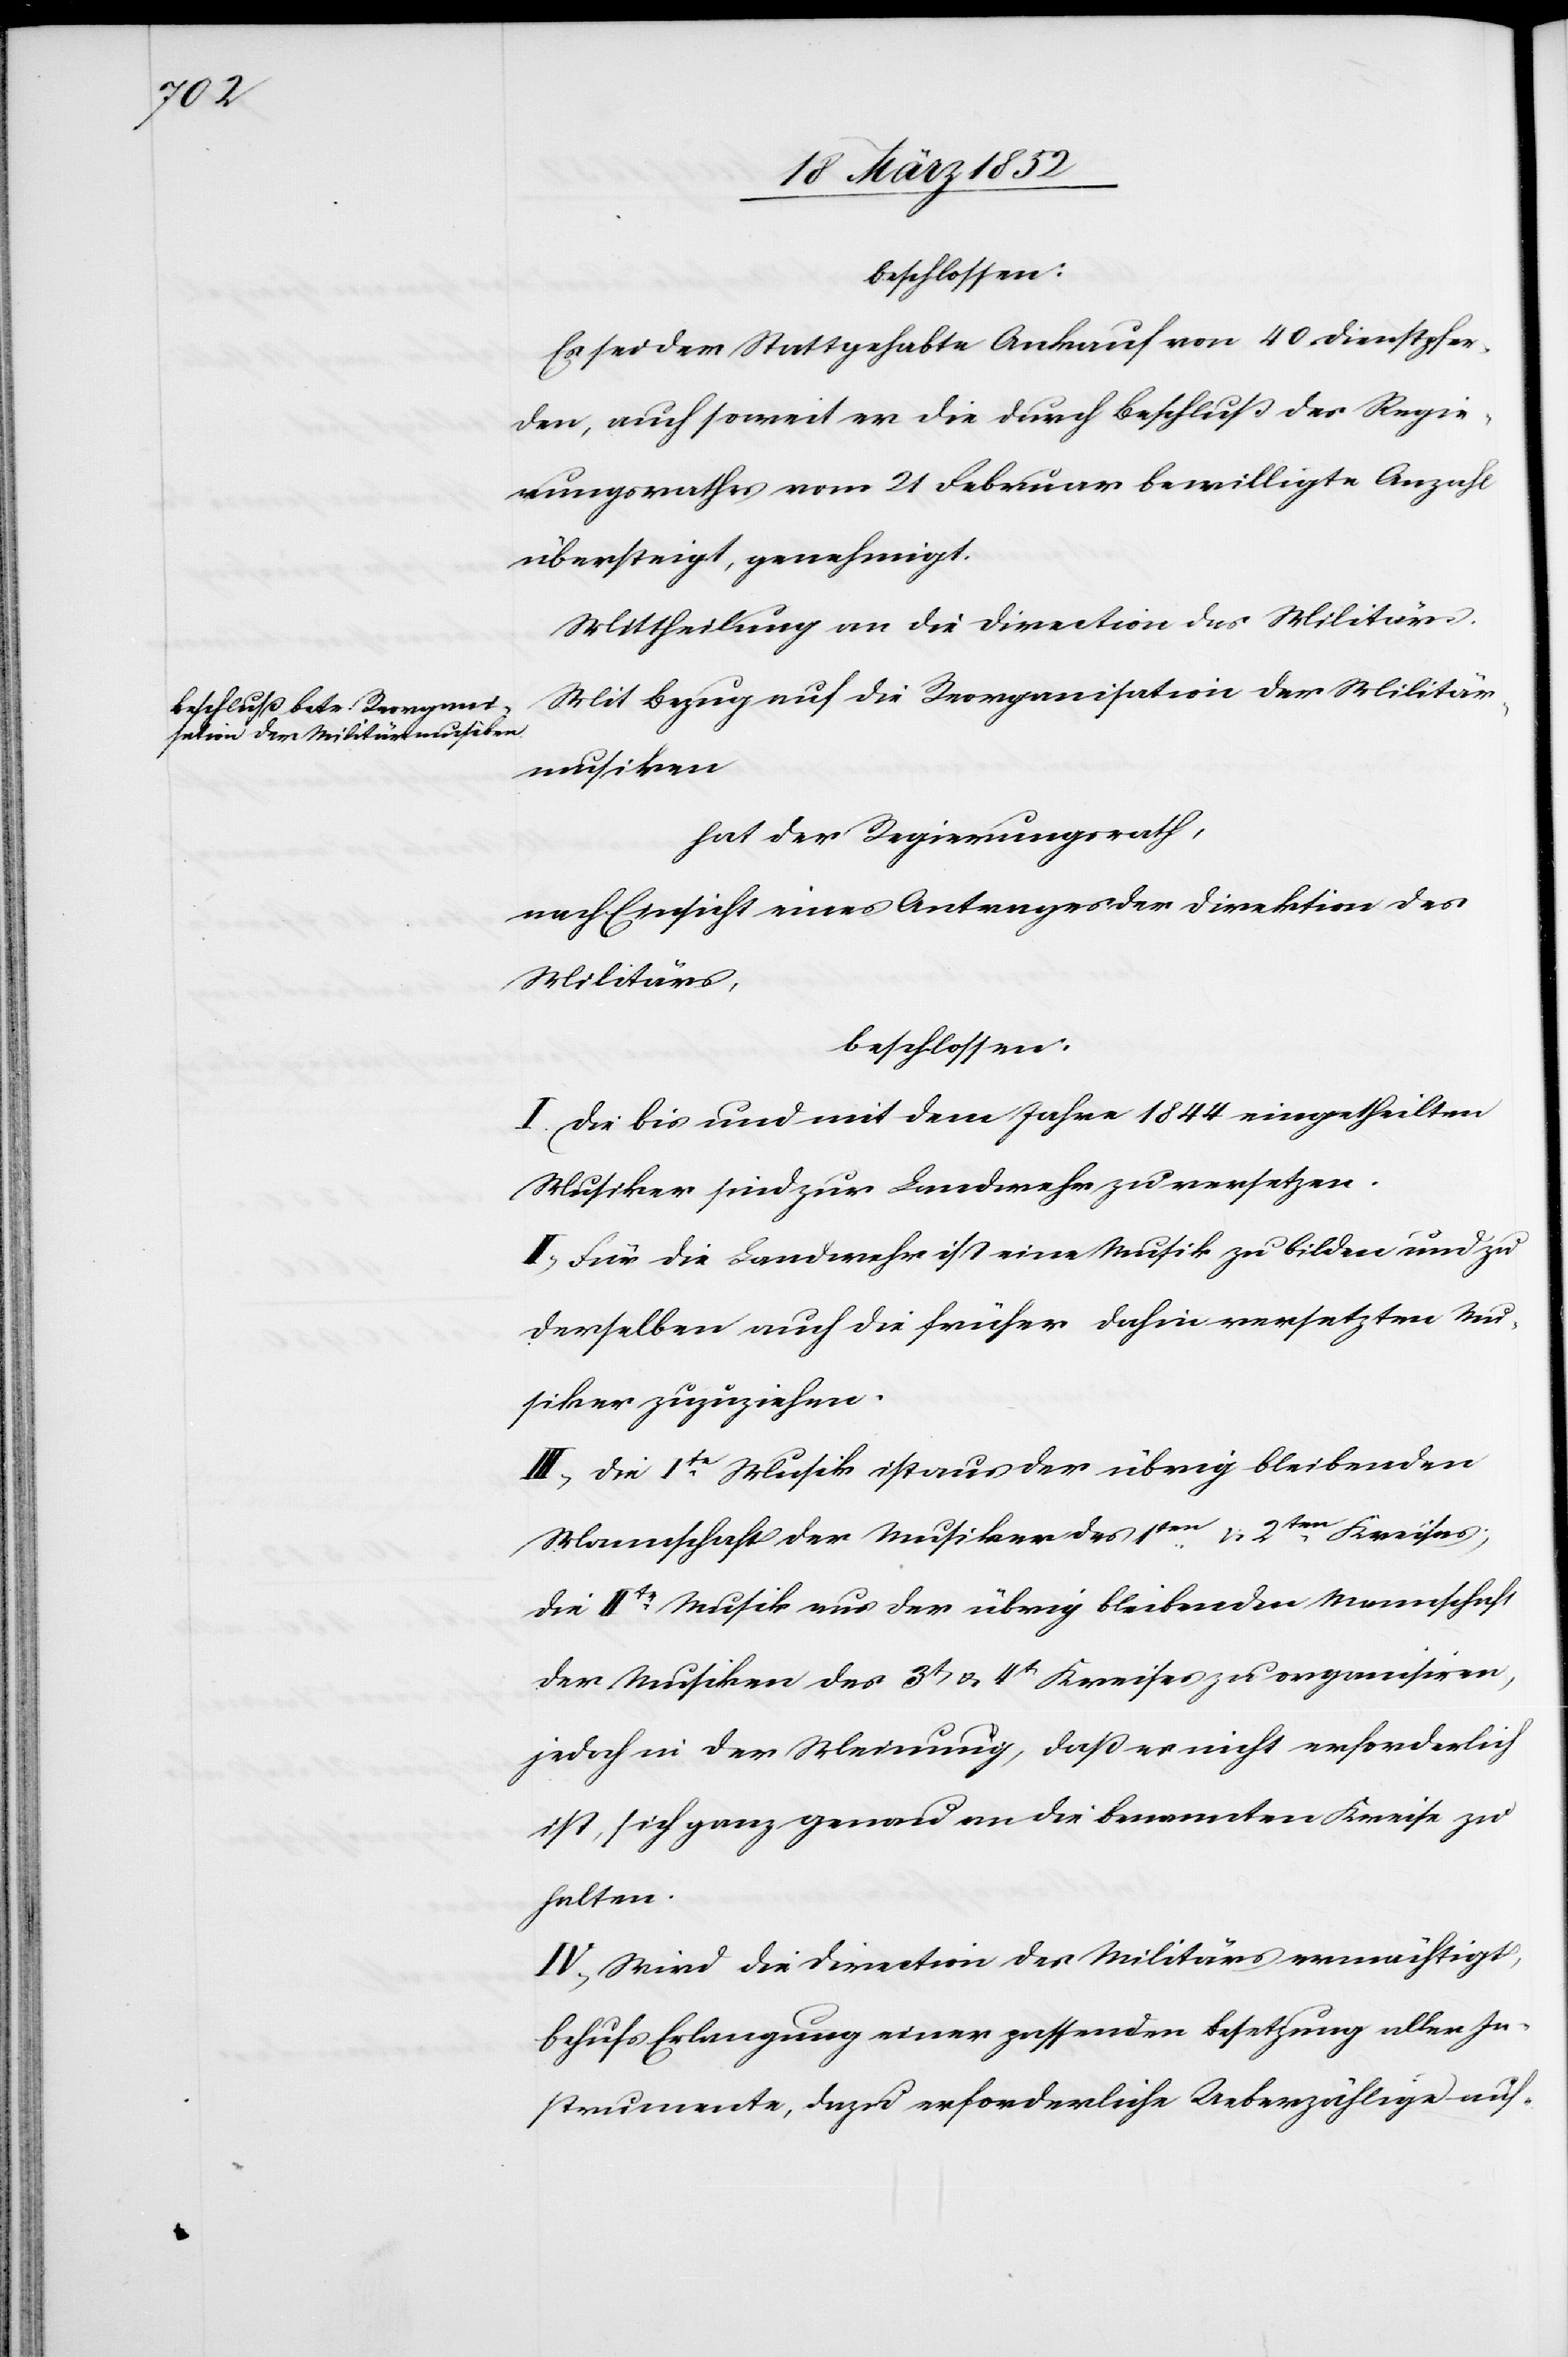
beschlossen:
Es sei der Stattgehabte Ankauf von 40 Dienstpfer¬
den, auch soweit er die durch Beschluß des Regie¬
rungsrathes vom 21 Februar bewilligte Anzahl
übersteigt, genehmigt.
Mittheilung an die Direction des Militärs.
Mit Bezug auf die Reorganisation der Militär¬
musiken
hat der Regierungsrath,
nach Einsicht eines Antrages der Direktion des
Militärs,
beschlossen.
I. Die bis und mit dem Jahre 1844 eingetheilten
Musiker sind zur Landwehr zu versetzen.
II. Für die Landwehr ist eine Musik zu bilden und zu
derselben auch die früher dahin versetzten Mu¬
siker zuzuziehen.
III. Die Ite Musik ist aus der übrig bleibenden
Mannschaft der Musiker des 1ten u. 2ten Kreises;
die IIte Musik aus der übrig bleibenden Mannschaft
der Musiken des 3t u. 4t Kreises zu organisieren,
jedoch in der Meinung, daß es nicht erforderlich
ist, sich ganz genau an die benannten Kreise zu
halten.
IV. Wird die Direction des Militärs ermächtigt,
behufs Erlangung einer passenden Besetzung aller In¬
strumente, dazu erforderliche Ueberzählige auf-